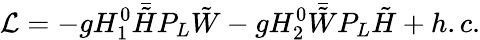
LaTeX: {\cal L}=-gH_{1}^{0}\bar{\tilde{H}}P_{L}\tilde{W}-gH_{2}^{0}\bar{\tilde{W}}P_{L}\tilde{H}+h.c.